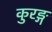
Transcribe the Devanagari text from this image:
कुरङ्ग